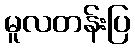
မူလတန်းပြ